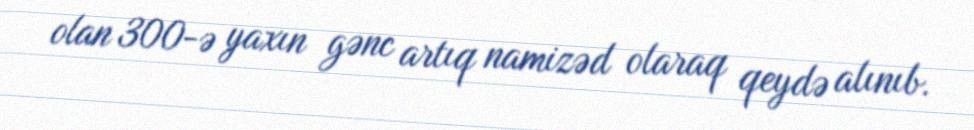
olan 300-ə yaxın gənc artıq namizəd olaraq qeydə alınıb.